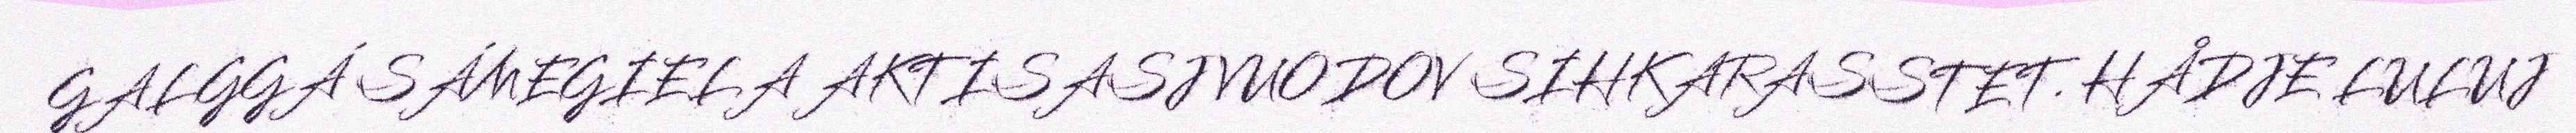
GALGGÁ SÁMEGIELA AKTISASJ VUODOV SIHKARASSTET. HÅDJE LULUJ